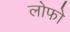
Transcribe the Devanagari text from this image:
लोफो